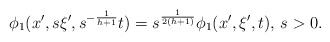
\begin{align*}\phi_1(x',s\xi',s^{-\frac{1}{h+1}}t)=s^{\frac{1}{2(h+1)}} \phi_1(x',\xi',t),\,s>0.\end{align*}